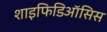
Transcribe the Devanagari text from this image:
शाइफिडिऑसिस